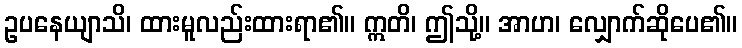
ဥပနေယျာသိ၊ ထားမူလည်းထားရာ၏။ ဣတိ၊ ဤသို့။ အာဟ၊ လျှောက်ဆိုပေ၏။